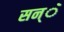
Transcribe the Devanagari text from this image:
सन्ॅ